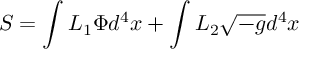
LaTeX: S = \int L _ { 1 } \Phi d ^ { 4 } x + \int L _ { 2 } \sqrt { - g } d ^ { 4 } x